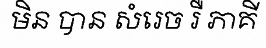
មិន បាន សំរេច រឺ ភាគី